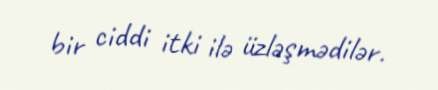
bir ciddi itki ilə üzləşmədilər.